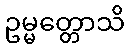
ဥမ္မတ္တောသိ